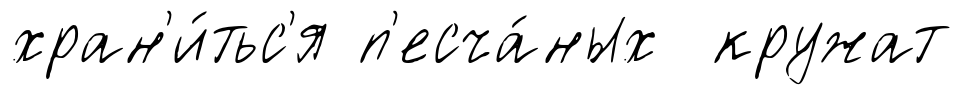
хран'и́тьс'я п'есча́ных кружат